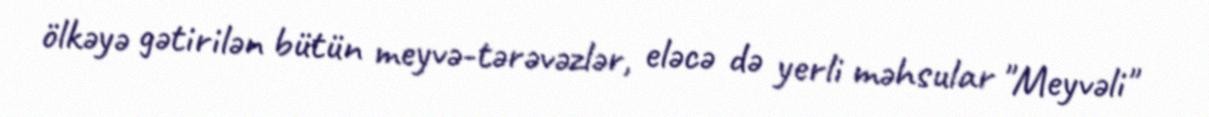
ölkəyə gətirilən bütün meyvə-tərəvəzlər, eləcə də yerli məhsular "Meyvəli"